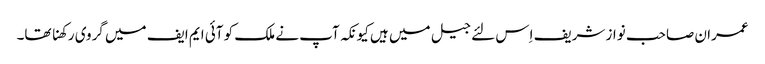
عمران صاحب نواز شریف اِس لئے جیل میں ہیں کیونکہ آپ نے ملک کو آئی ایم ایف میں گروی رکھنا تھا۔